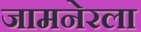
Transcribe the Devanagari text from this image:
जामनेरला